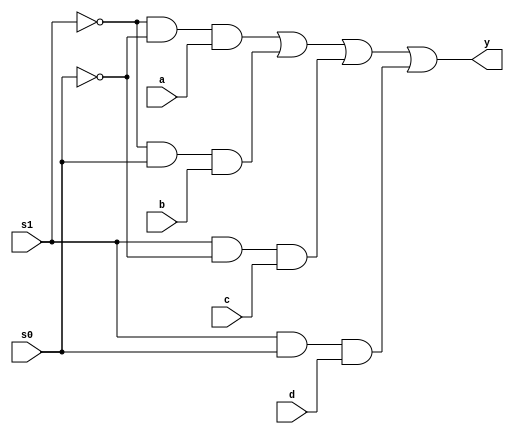
`timescale 1ns / 1ps
//////////////////////////////////////////////////////////////////////////////////
// Company: 
// Engineer: 
// 
// Design Name: 
// Module Name:    mux2 
// Project Name: 
// Target Devices: 
// Tool versions: 
// Description: 
//
// Dependencies: 
//
// Revision: 
// Revision 0.01 - File Created
// Additional Comments: 
//
//////////////////////////////////////////////////////////////////////////////////
module mux2(a,b,c,d,s0,s1,y);
input a,b,c,d,s0,s1;
output y;
assign y=((~s1)&(~s0)&a)|((~s1)&s0&b)|(s1&(~s0)&c)|(s1&s0&d);
endmodule
/* gate level modeling
module mux2(a,b,c,d,s0,s1,y);
input a,b,c,d,s0,s1;
output y;
wire w1,w2,w3,w4,w5,w6;
not n0(w1,s0);
not n1(w2,s1);
and a1(w3,w1,w2,a);
and a2(w4,w2,s0,b);
and a3(w5,w3,s1,c);
and a4(w6,s0,s1,d);
or o(y,w3,w4,w5,w6);
*/
/*behavioural modeling
module mux2(a,b,c,d,s0,s1,y);
input a,b,c,d,s0,s1;
output y;
reg y;
always@(a,b,c,d,s0,s1,y)
begin
if(s0==0 && s1==0)
y=a;
elseif(s0==0 && s1=1)
y=b;
elseif(s0==1 &&s1==0)
y=c;
else
y=d;
end
endmodule
*/